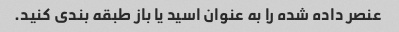
عنصر داده شده را به عنوان اسید یا باز طبقه بندی کنید.